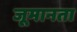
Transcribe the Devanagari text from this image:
जूमानता